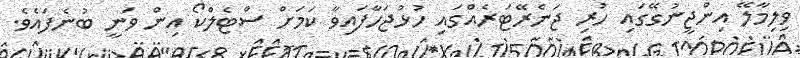
ވިލިމާލޭ އިންޖީނުގޭގައި ހުރި ޖަނެރޭޓަރެއްގައި ހުޅުޖަހާފައިވާ ކަމަށް ސްޓެލްކޯ އިން ވަނީ ބުނެފައެވެ.